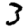
Digit: 3